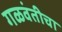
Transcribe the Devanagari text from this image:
गळवंतीचा